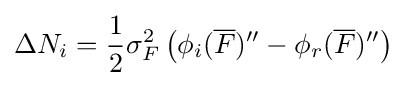
\Delta N_{i}={\frac {1}{2}}\sigma _{F}^{2}\left(\phi _{i}({\overline {F}})''-\phi _{r}({\overline {F}})''\right)